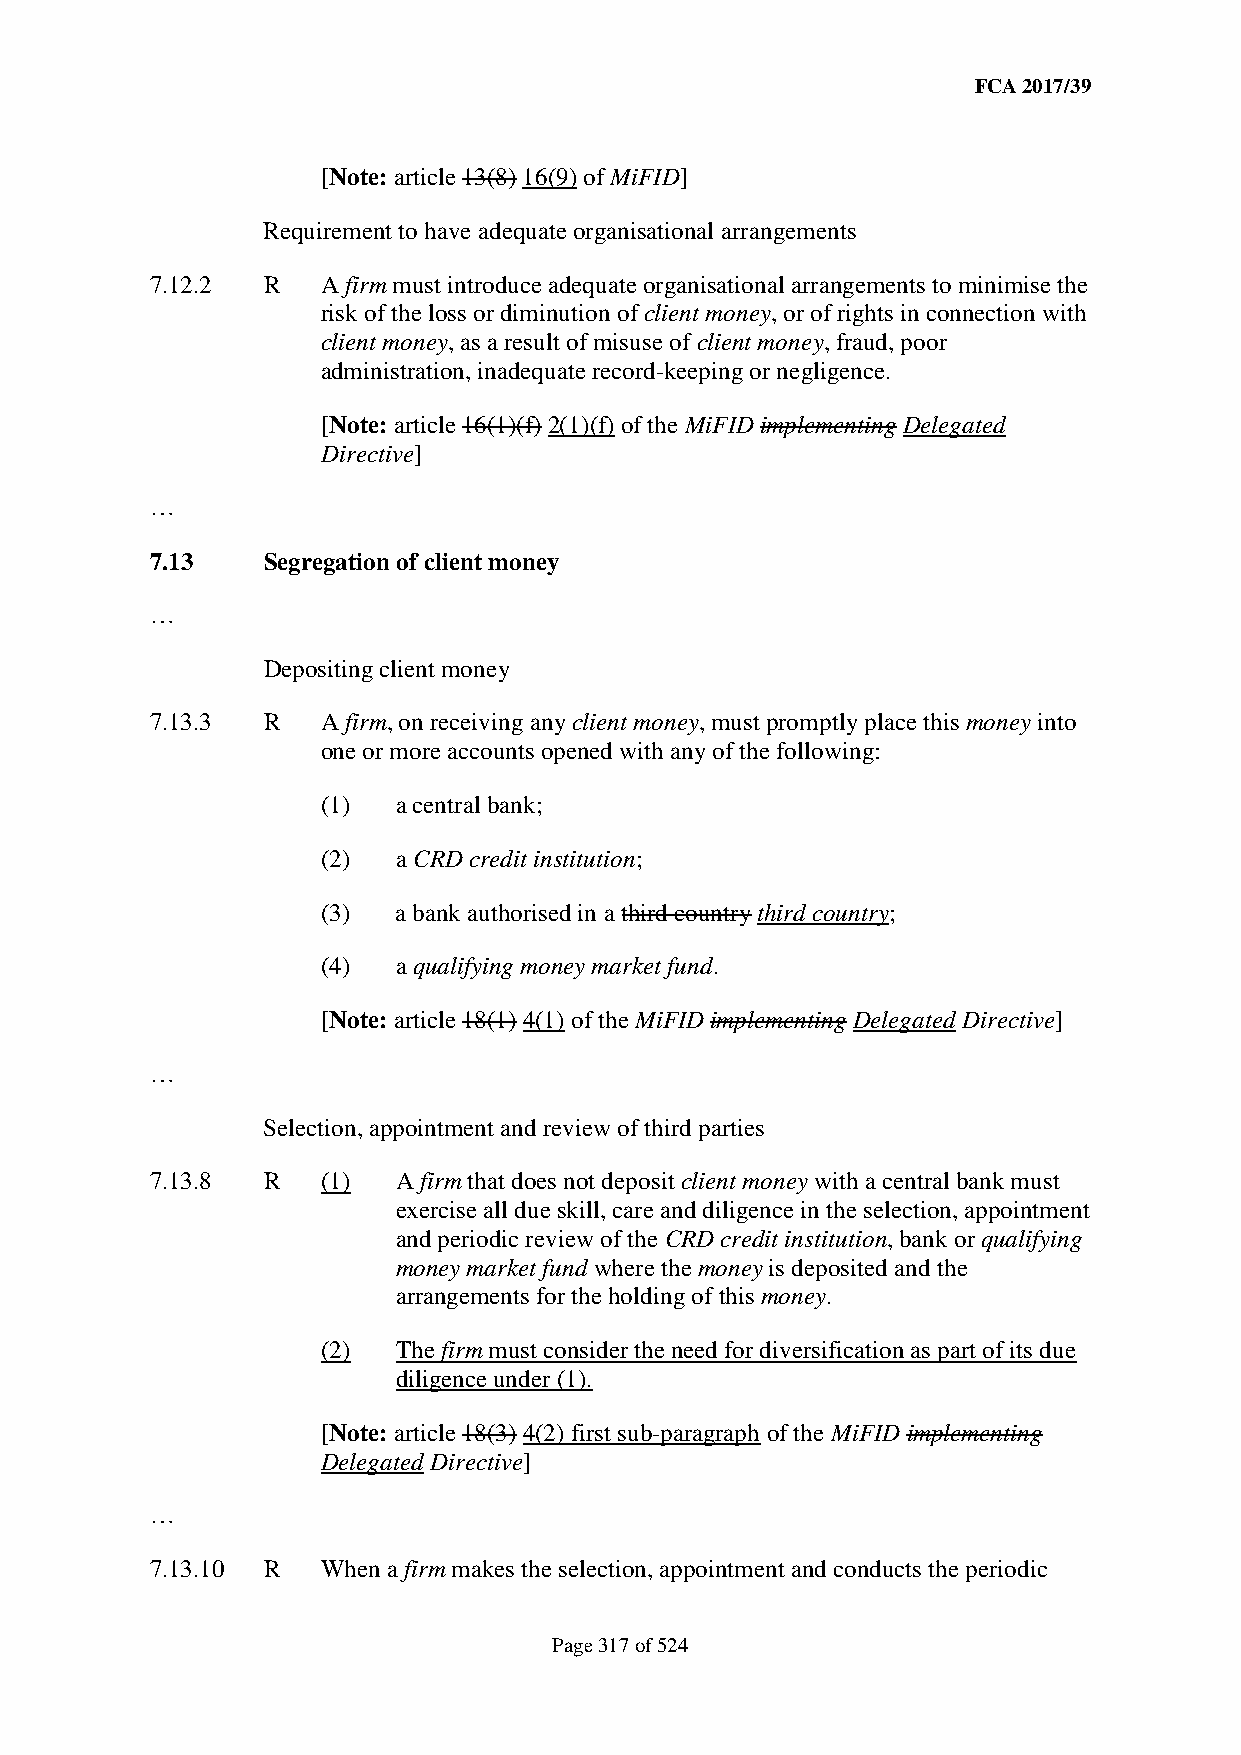
FCA 2017/39
 [Note: article 13(8) 16(9) of MiFID]
 Requirement to have adequate organisational arrangements
 7.12.2 R   A firm must introduce adequate organisational arrangements to minimise the
 risk of the loss or diminution of client money, or of rights in connection with
 client money, as a result of misuse of client money, fraud, poor
 administration, inadequate record-keeping or negligence.
 [Note: article 16(1)(f) 2(1)(f) of the MiFID implementing Delegated
 Directive]
 …
 7.13   Segregation of client money
 …
 Depositing client money
 7.13.3 R   A firm, on receiving any client money, must promptly place this money into
 one or more accounts opened with any of the following:
 (1)  a central bank;
 (2)  a CRD credit institution;
 (3)  a bank authorised in a third country third country;
 (4)  a qualifying money market fund.
 [Note: article 18(1) 4(1) of the MiFID implementing Delegated Directive]
 …
 Selection, appointment and review of third parties
 7.13.8 R   (1)  A firm that does not deposit client money with a central bank must
 exercise all due skill, care and diligence in the selection, appointment
 and periodic review of the CRD credit institution, bank or qualifying
 money market fund where the money is deposited and the
 arrangements for the holding of this money.
 (2)  The firm must consider the need for diversification as part of its due
 diligence under (1).
 [Note: article 18(3) 4(2) first sub-paragraph of the MiFID implementing
 Delegated Directive]
 …
 7.13.10 R  When a firm makes the selection, appointment and conducts the periodic
 Page 317 of 524